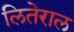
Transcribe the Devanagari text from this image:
लितेराल